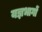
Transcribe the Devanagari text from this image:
यज्ञभागों